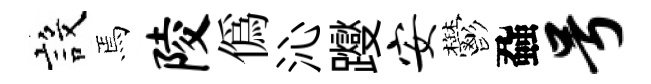
設焉陵偽沁躞安鬱蝨号